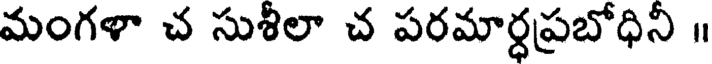
మంగళా చ సుశీలా చ పరమార్ధప్రబోధిని ॥